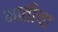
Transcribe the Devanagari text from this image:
भातीचा